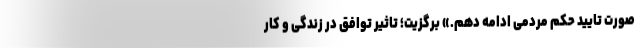
صورت تایید حکم مردمی ادامه دهم.» برگزیت؛ تاثیر توافق در زندگی و کار